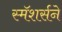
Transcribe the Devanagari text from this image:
स्मॅशर्सने